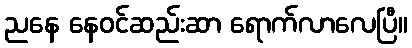
ညနေ နေဝင်ဆည်းဆာ ရောက်လာလေပြီ။